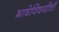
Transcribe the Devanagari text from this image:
भाषेविषयीची